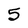
Character: 5